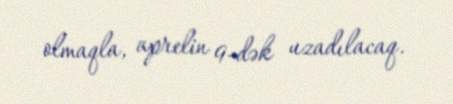
olmaqla, aprelin 9-dək uzadılacaq.